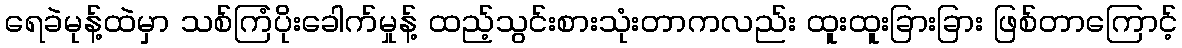
ရေခဲမုန့်ထဲမှာ သစ်ကြံပိုးခေါက်မှုန့် ထည့်သွင်းစားသုံးတာကလည်း ထူးထူးခြားခြား ဖြစ်တာကြောင့်